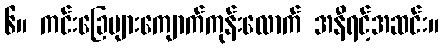
၆။ ကင်းခြေများကျောက်ကုန်းလောက် အနီရင့်အဆင်း။